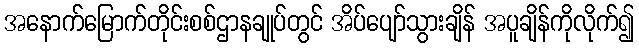
အနောက်မြောက်တိုင်းစစ်ဌာနချုပ်တွင် အိပ်ပျော်သွားချိန် အပူချိန်ကိုလိုက်၍